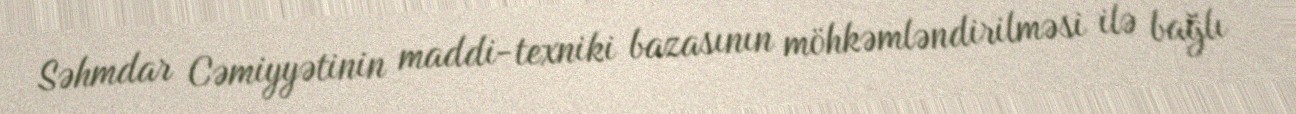
Səhmdar Cəmiyyətinin maddi-texniki bazasının möhkəmləndirilməsi ilə bağlı